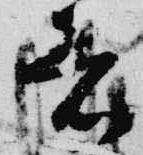
著